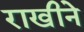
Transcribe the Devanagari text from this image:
राखीने